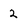
Character: 2